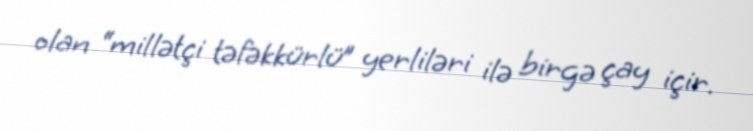
olan “millətçi təfəkkürlü” yerliləri ilə birgə çay içir.